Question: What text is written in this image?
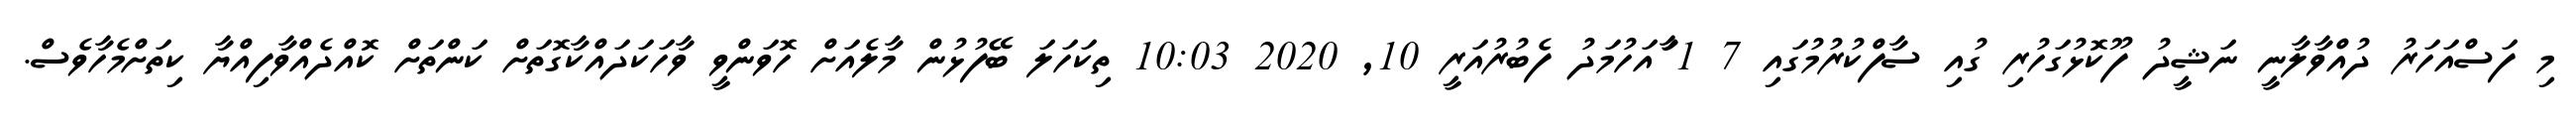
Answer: މި ފަސްއަހަރު ދުއްވާލާނީ ނަޝީދު ފޫކޮޅުގަހުރި ގުއި ސާފްކުރުމުގައި 7 1 ާައަހުމަދު ފެބުރުއަރީ 10, 2020 10:03 ތިކަހަލަ ބޭފުޅުން މާލެއަށް ހޮވަންވީ ވާހަކަދައްކާގޮތަށް ކަންތަށް ކޮއްދެއްވާފިއްޔާ ކިތަށްމެހާވެސް.